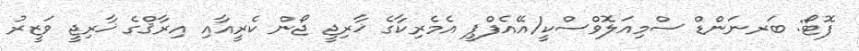
ފޮޓޯ: ބަރނަންޑް ސްމިއަލޮވްސްކީ/އޭއެފްޕީ އެމެރިކާގެ ޚާރިޖީ ޖޯން ކެރީއާއި އިރާޤްގެ ޚާރިޖީ ވަޒީރު